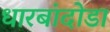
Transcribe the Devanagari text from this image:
धारबांदोडा